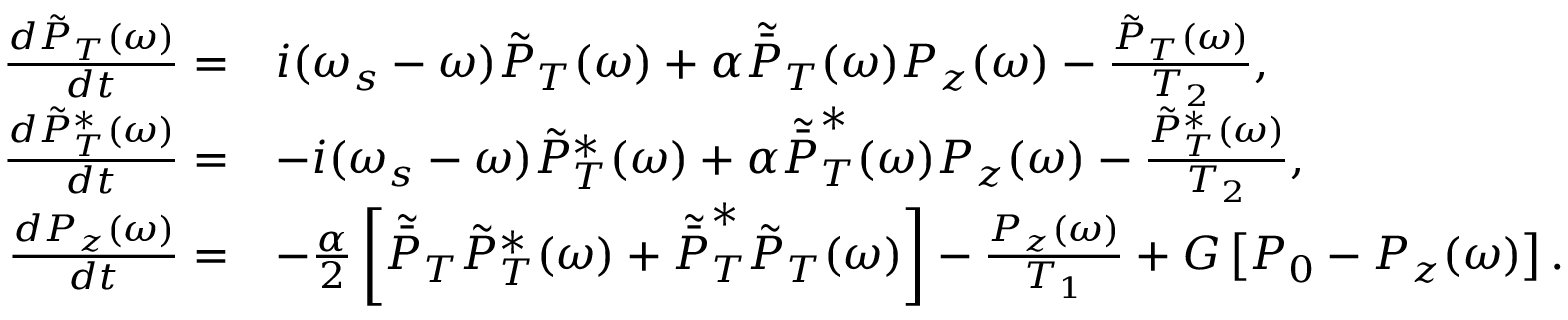
\begin{array} { r l } { \frac { d \tilde { P } _ { T } ( \omega ) } { d t } = } & { i ( \omega _ { s } - \omega ) \tilde { P } _ { T } ( \omega ) + \alpha \tilde { \bar { P } } _ { T } ( \omega ) P _ { z } ( \omega ) - \frac { \tilde { P } _ { T } ( \omega ) } { T _ { 2 } } , } \\ { \frac { d \tilde { P } _ { T } ^ { * } ( \omega ) } { d t } = } & { - i ( \omega _ { s } - \omega ) \tilde { P } _ { T } ^ { * } ( \omega ) + \alpha \tilde { \bar { P } } _ { T } ^ { * } ( \omega ) P _ { z } ( \omega ) - \frac { \tilde { P } _ { T } ^ { * } ( \omega ) } { T _ { 2 } } , } \\ { \frac { d P _ { z } ( \omega ) } { d t } = } & { - \frac { \alpha } { 2 } \left[ \tilde { \bar { P } } _ { T } \tilde { P } _ { T } ^ { * } ( \omega ) + \tilde { \bar { P } } _ { T } ^ { * } \tilde { P } _ { T } ( \omega ) \right] - \frac { P _ { z } ( \omega ) } { T _ { 1 } } + G \left[ P _ { 0 } - P _ { z } ( \omega ) \right] . } \end{array}